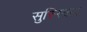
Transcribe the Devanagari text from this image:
सुस्स्किंद